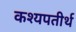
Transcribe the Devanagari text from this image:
कश्यपतीर्थ